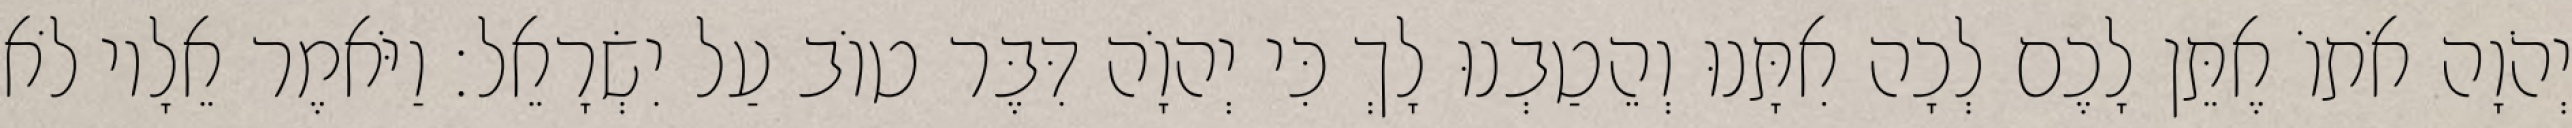
יְהֹוָה אֹתוֹ אֶתֵּן לָכֶם לְכָה אִתָּנוּ וְהֵטַבְנוּ לָךְ כִּי יְהוָֹה דִּבֶּר טוֹב עַל יִשְׂרָאֵל׃ וַיֹּאמֶר אֵלָיו לֹא